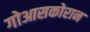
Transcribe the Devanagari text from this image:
गोआसकोरान